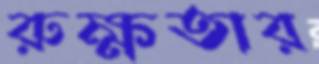
রুক্ষতার